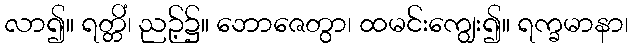
လာ၍။ ရတ္တိံ၊ ညဉ့်၌။ ဘောဇေတွာ၊ ထမင်းကျွေး၍။ ရက္ခမာနာ၊